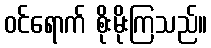
ဝင်ရောက် စိုးမိုးကြသည်။